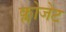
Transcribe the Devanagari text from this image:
क्लोजेट